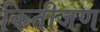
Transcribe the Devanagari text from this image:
कितीजण